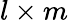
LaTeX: l\times m